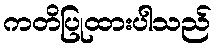
ကတိပြုထားပါသည်